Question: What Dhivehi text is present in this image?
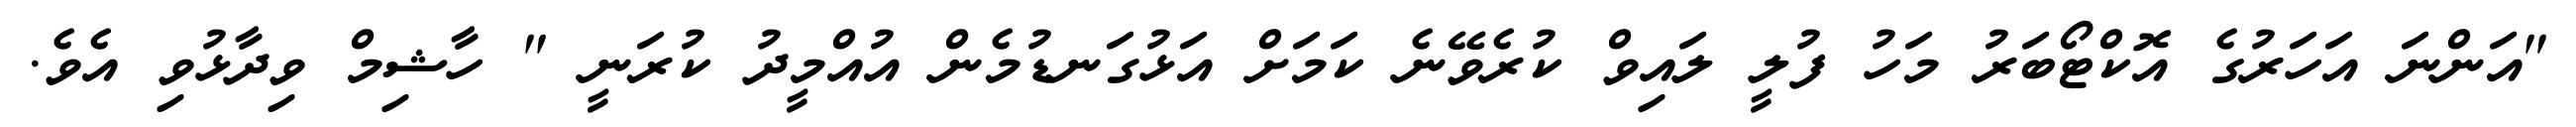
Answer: "އަންނަ އަހަރުގެ އޮކްޓޯބަރު މަހު ފުލީ ލައިވް ކުރެވޭނެ ކަމަށް އަޅުގަނޑުމެން އުއްމީދު ކުރަނީ " ހާޝިމް ވިދާޅުވި އެވެ.